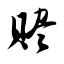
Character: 赆